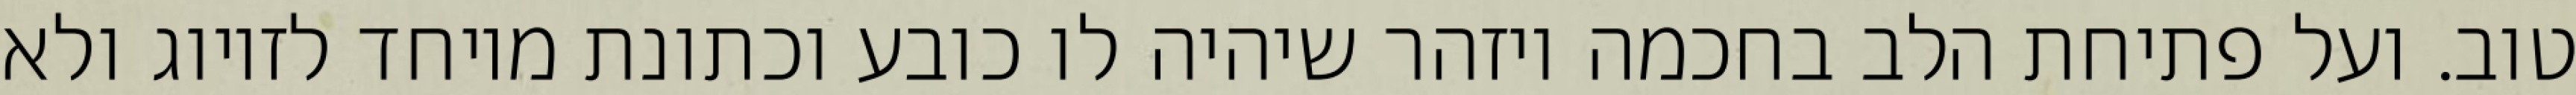
טוב. ועל פתיחת הלב בחכמה ויזהר שיהיה לו כובע וכתונת מיוחד לזיווג ולא